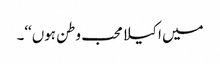
میں اکیلا محب وطن ہوں‘‘۔